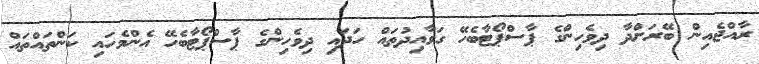
ރާއްޖެއިން ބޭރަށްދާ ދިވެހިންގެ ޕާސްޕޯޓާބެހޭ ގަވާއިދުތައް ހަދައި ދިވެހިންގެ ޕާސްޕޯޓާބެހޭ އެންމެހައި ކަންތައްތައް